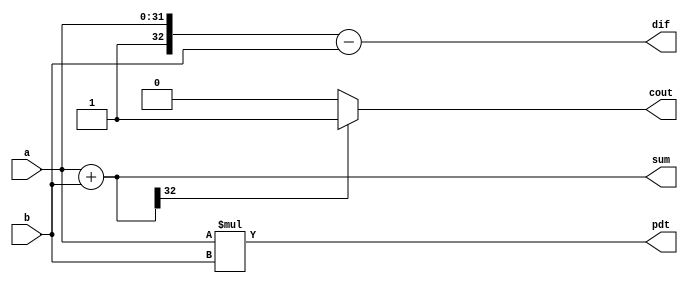
module fa_32(a,b,sum,dif,pdt, cout);

input [31:0]a;
input [31:0]b;

output [32:0]sum;
output[32:0]dif;
output[32:0]pdt;
output cout;

reg [32:0]sum;
reg [32:0]dif;
reg [32:0]pdt;
reg cout;

always @(a or b )begin 

sum = {1'b0,a}+ {1'b0,b};
dif = {1'b1,a}- {1'b0,b};
pdt = {1'b0,a}* {1'b0,b};


if(sum[32])begin
	cout=1;
	end
else begin
	cout=0;
	end


end



endmodule